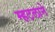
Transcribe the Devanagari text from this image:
म्हटलाने